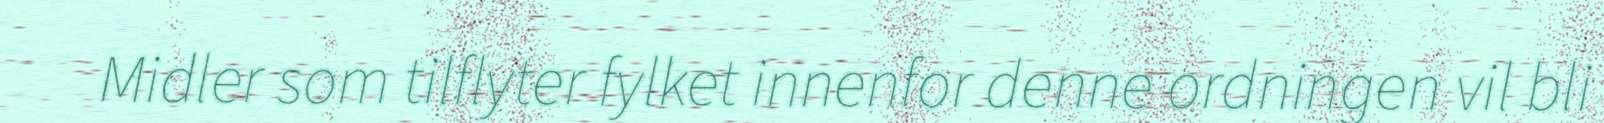
Midler som tilflyter fylket innenfor denne ordningen vil bli